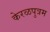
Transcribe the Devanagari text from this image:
केरळपुत्रम